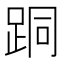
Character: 𨀜